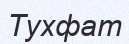
Тухфат